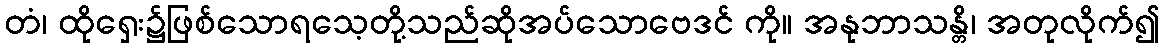
တံ၊ ထိုရှေး၌ဖြစ်သောရသေ့တို့သည်ဆိုအပ်သောဗေဒင် ကို။ အနုဘာသန္တိ၊ အတုလိုက်၍